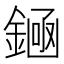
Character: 𫒶